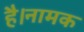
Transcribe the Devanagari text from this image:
है।नामक